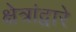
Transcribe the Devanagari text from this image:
क्षेत्रांद्वारे